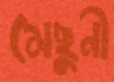
মেছুনী